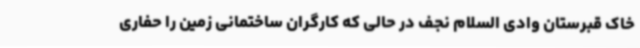
خاک قبرستان وادی السلام نجف در حالی که کارگران ساختمانی زمین را حفاری